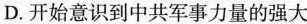
D.开始意识到中共军事力量的强大